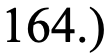
164.)